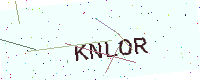
Text: KNLOR